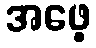
အဖေ့